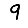
Digit: 9